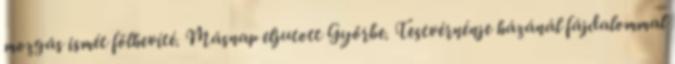
mozgás ismét fölhevíté. Másnap eljutott Győrbe. Testvérnénje házánál fájdalommal